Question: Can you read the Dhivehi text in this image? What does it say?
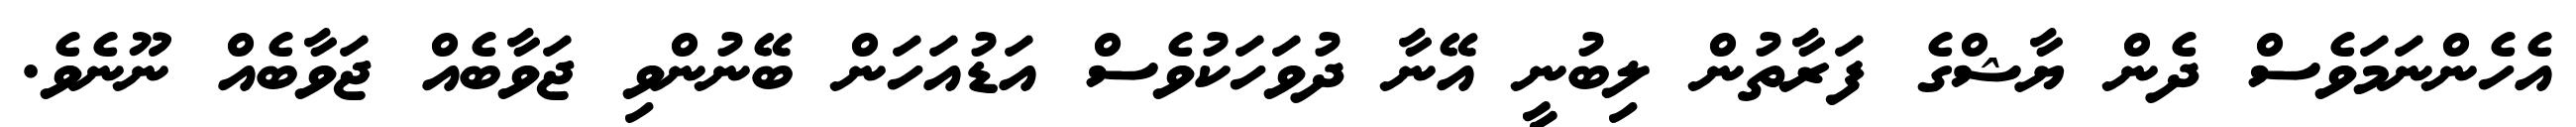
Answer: އެހެންނަމަވެސް ދެން ޔާޝްގެ ފަރާތުން ލިބުނީ އޭނާ ދުވަހަކުވެސް އަޑުއަހަން ބޭނުންވި ޖަވާބެއް ޖަވާބެއް ނޫނެވެ.